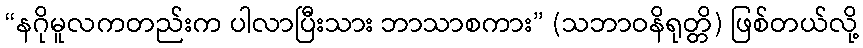
“နဂိုမူလကတည်းက ပါလာပြီးသား ဘာသာစကား” (သဘာဝနိရုတ္တိ) ဖြစ်တယ်လို့